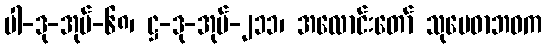
ပါ-ဒု-အုပ်-၆၈၊ ဋ္ဌ-ဒု-အုပ်-၂၁၁၊ အလောင်းတော် သုမေဓာဘဝက